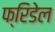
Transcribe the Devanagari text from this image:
फ्रिडेल